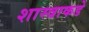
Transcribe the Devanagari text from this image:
शास्त्राकडे